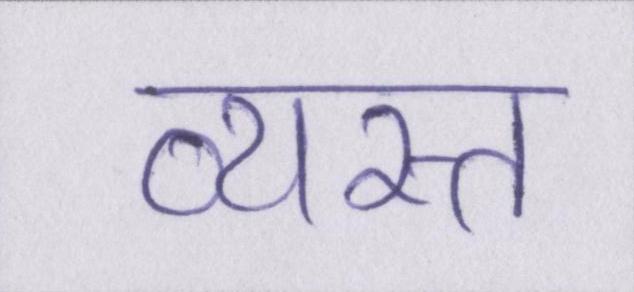
व्यस्त